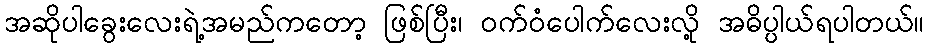
အဆိုပါခွေးလေးရဲ့အမည်ကတော့ ဖြစ်ပြီး၊ ဝက်ဝံပေါက်လေးလို့ အဓိပ္ပါယ်ရပါတယ်။